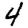
Digit: 4